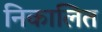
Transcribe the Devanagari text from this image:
निकालित